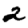
Digit: 2